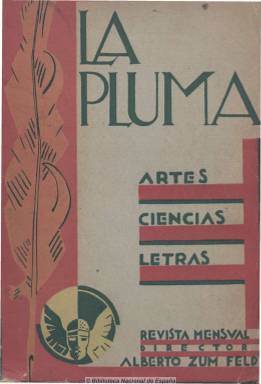
Título: La Pluma (Montevideo)
Colección: Cultura
Ámbito geográfico: Uruguay
Lugar de publicación: Montevideo
Fechas: 01/08/1927-01/03/1931

Revista cultural especialmente representativa de una década -los años veinte del siglo XX- de desarrollo cultural y estabilidad política en Uruguay –que llegaría a ser denominada la Suiza de América-, según Checa Godoy (1993). Está reconocida como el órgano más importante de la renovación estética uruguaya de esos años que, pretendiendo mantenerse por encima de ideologías y corrientes, no soslayó el enfoque de ninguna de las inquietudes fundamentales de su tiempo, tanto en lo cultural como en lo político y lo social, caracterizándose por su cosmopolismo, en palabras de Videla de Rivero (1982), autora que analiza su labor de difusión de las vanguardias europeas y americanas, a pesar de haber iniciado su andadura desde una posición ecléctica. Su empeño de dinamizadora de la cultura nacional uruguaya lo extendió a un vasto internacionalismo, pues además de reflejar la actualidad intelectual uruguaya y procurar su proyección al exterior, recogió cuanto de nuevo se manifestaba en aquel mundo de entreguerras.

Con el subtítulo “artes, ciencias, letras”, aparece el uno de agosto de 1927, con intención de ser una revista mensual, aunque realmente su frecuencia fue irregular –prácticamente, bimensual- en entregas voluminosas que estaban entre el centenar y medio y los dos centenares de páginas, compuestas a dos columnas. Su fundador y director –hasta su número 16- fue el conocido crítico y escritor uruguayo de origen argentino Alberto Zum Feld (1889-1976) y estuvo editada por Orsini Bertani (1869-1939), un emigrante italiano con precedentes anarquistas. Aparece como secretario de redacción José Pedro Bastitta. Sus dos últimos números estarán bajo la dirección del poeta uruguayo Carlos Sabat Ercasty (1887-1982), aunque no aparece su mención en la cabecera, mostrándose citado Álvaro A. Araujo como nuevo secretario de redacción en sus números 16, 17 y 18.

Inserta artículos que abarcan los diversos y dilatados aspectos que en aquéllos años interesaban sobremanera a la intelectualidad mundial, sobre política, sociología, obrerismo, sexualidad, ciencia, cultura, literatura, arte (pintura, música, arquitectura), teatro, etc. Y da cabida a la creación literaria tanto en verso como en prosa. Publica poemas de Apollinaire, traducidos por Luis Eduardo Pombo; una guía de poetas norteamericanos, que empezaba por Whitman y Dickinson, bajo la firma el poeta mexicano Xavier Villaurrutia; da cuenta del movimiento literario y artístico argentino, en un texto firmado por Argo Tres; describe la nueva literatura peruana, que da a conocer Federico Bolaños; traza el perfil de los poetas de la revolución mexicana, por parte de Serafín Delmar (Reynaldo Bolaños). Ofrece un noticiario cultural y una sección bibliográfica de novedades literarias, en la que Celestino Gorostiza publica la reseña de la Galería de poetas nuevos de México, de Gabriel García Maroto. Peregrino Junior firma el artículo que referencia el vanguardismo en Brasil. Ildefonso Pereda Valdés escribe sobre el ultraísmo norteamericano. Dedica también atención a la literatura japonesa, etc.

Da extensa cuenta de acontecimientos culturales y artísticos, como el Salón de Otoño de 1927. Interviene en la polémica suscitada en torno al centralismo cultural abierta por La gaceta literaria (1927-1932), la revista madrileña de Ernesto Giménez Caballero. Cuenta también con las colaboraciones de Juan Carlos Abella, Emilio Frugoni, Luigi Fabri, Eduardo Dieste, Manuel de Castro, Manuel Bernárdez, Sara Bollo, Baltasar L. Brum, Juana Ibarbourou (Juana Fernández Morales), A. Montiel de Ballesteros, C. Vaz Ferreira, entre otros. Publica poemas vanguardistas de poetas uruguayos, como Emilio Oribe, Fernán Silva Valdés, Ildefonso Pereda Valdés, Juan Llambías de Acevedo o Clotilde Luisi. Como señala la ya citada Videla de Rivero, la lectura de esta revista permite tener un panorama amplio de la poesía de vanguardia del continente americano, con frecuentes referencias al ultraísmo español, y de las relaciones de las vanguardias con el “nativismo” y el “negrismo”. Por otra parte, Alicia Susana de León de los Santos y Cynthia Jimena Torres de Silva, que han analizado la postura visionaria y comprometida de la revista con una identidad cultural latinoamericana propia, concluyen que fue capaz de sentar las bases para posteriores rupturas con las hegemonías imperialistas dominantes, como antecedente de la mítica revista uruguaya Marcha (1939-1974). Ocupó, pues, un carácter central dentro de las publicaciones uruguayas del mismo perfil de aquella época, como Alfar, Cartel, La cruz del sur o Los nuevos.

También destaca de esta revista sus numerosos grabados –algunos en color y/o desmontables- con reproducciones artísticas (dibujos, óleos, aguafuertes), como los que publica de Picasso. Incluye también numerosas inserciones publicitarias. A la colección de la Biblioteca Nacional de España le falta el volumen 19 y último, correspondiente a septiembre de 1931. En 1970 se publicó su índice analítico en Revista de la Biblioteca Nacional (Montevideo).